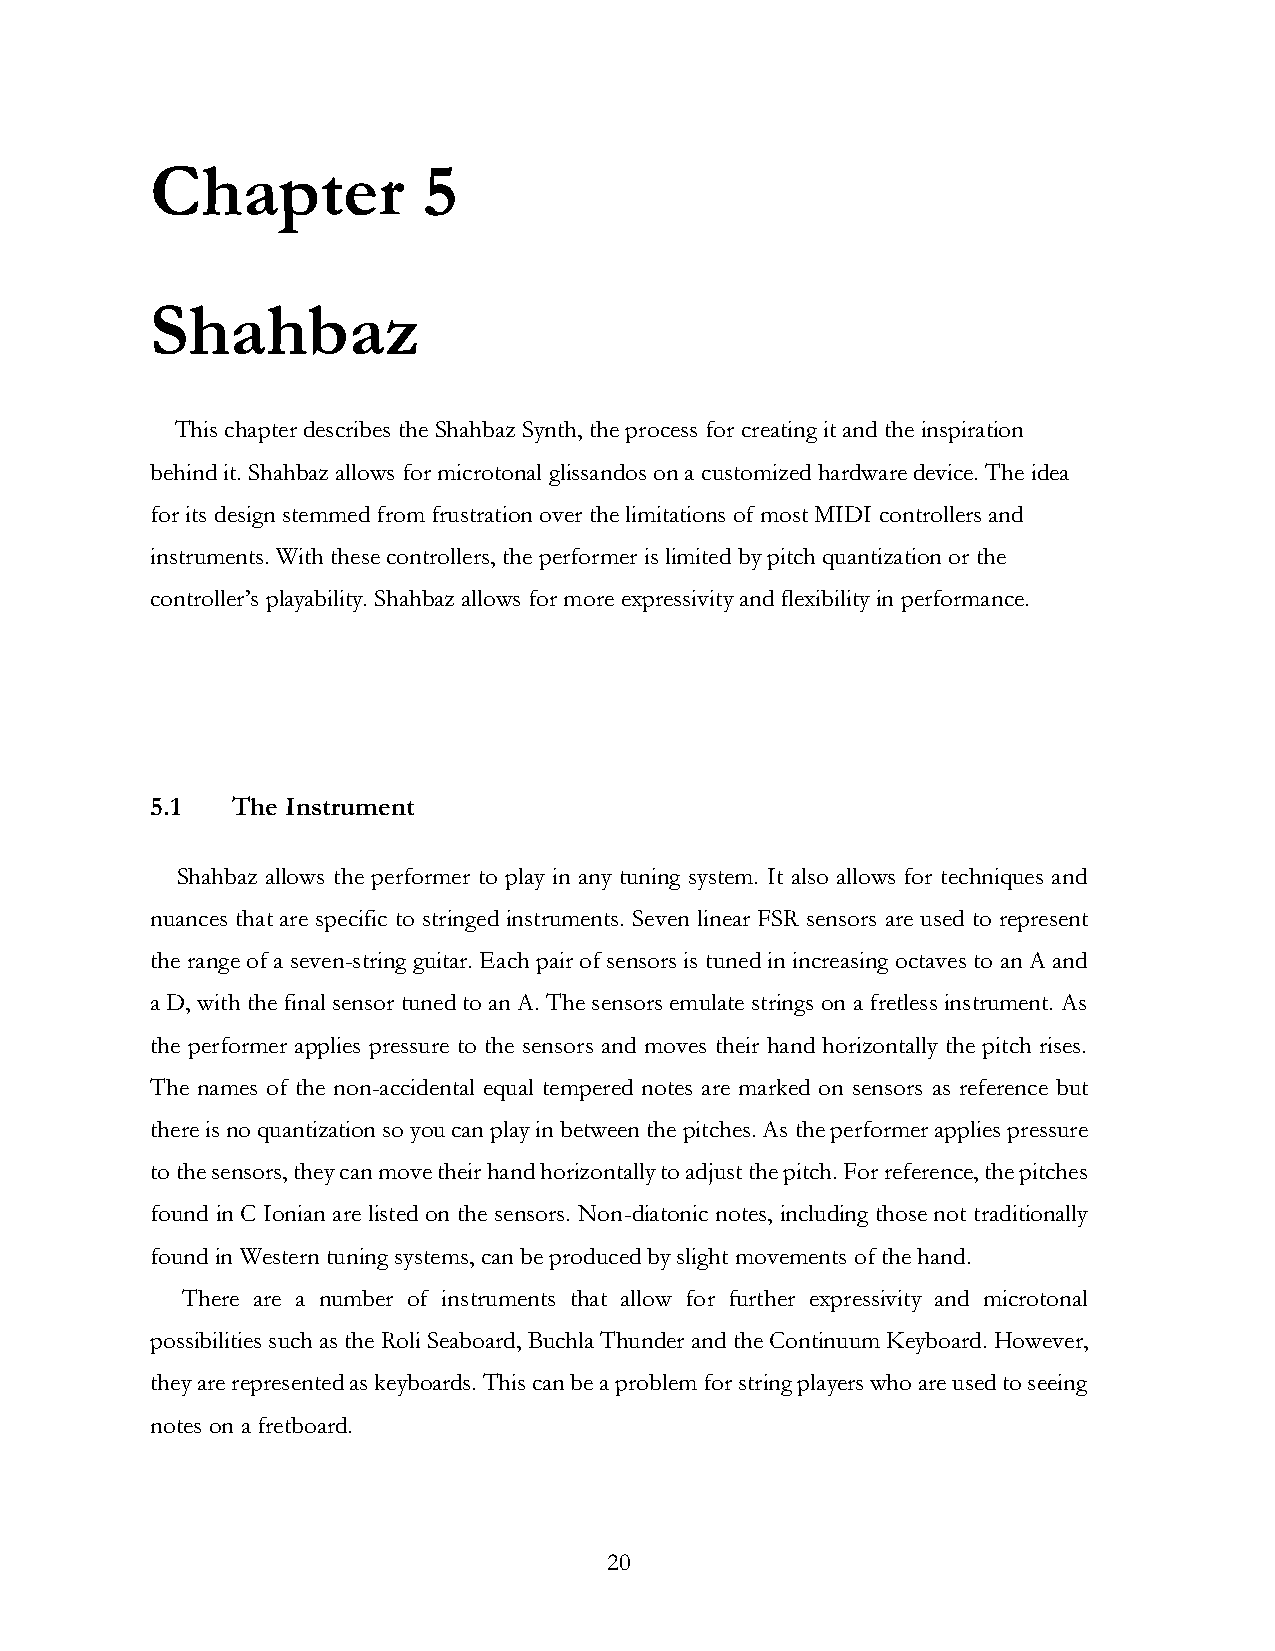
Chapter           5
 Shahbaz
 This chapter describes the Shahbaz Synth, the process for creating it and the inspiration
 behind it. Shahbaz allows for microtonal glissandos on a customized hardware device. The idea
 for its design stemmed from frustration over the limitations of most MIDI controllers and
 instruments. With these controllers, the performer is limited by pitch quantization or the
 controller’s playability. Shahbaz allows for more expressivity and flexibility in performance.
 5.1  The Instrument
 Shahbaz allows the performer to play in any tuning system. It also allows for techniques and
 nuances that are specific to stringed instruments. Seven linear FSR sensors are used to represent
 the range of a seven-string guitar. Each pair of sensors is tuned in increasing octaves to an A and
 a D, with the final sensor tuned to an A. The sensors emulate strings on a fretless instrument. As
 the performer applies pressure to the sensors and moves their hand horizontally the pitch rises.
 The names of the non-accidental equal tempered notes are marked on sensors as reference but
 there is no quantization so you can play in between the pitches. As the performer applies pressure
 to the sensors, they can move their hand horizontally to adjust the pitch. For reference, the pitches
 found in C Ionian are listed on the sensors. Non-diatonic notes, including those not traditionally
 found in Western tuning systems, can be produced by slight movements of the hand.
 There are a number of instruments that allow for further expressivity and microtonal
 possibilities such as the Roli Seaboard, Buchla Thunder and the Continuum Keyboard. However,
 they are represented as keyboards. This can be a problem for string players who are used to seeing
 notes on a fretboard.
 20